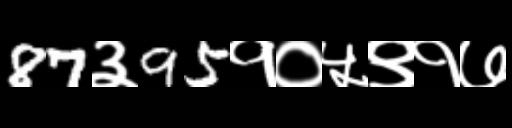
Text: 87३95१०५९१७